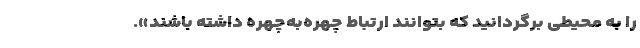
را به محیطی برگردانید که بتوانند ارتباط چهره‌به‌چهره داشته باشند».